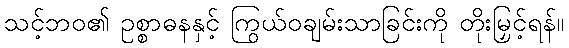
သင့်ဘဝ၏ ဥစ္စာဓနနှင့် ကြွယ်ဝချမ်းသာခြင်းကို တိုးမြှင့်ရန်။